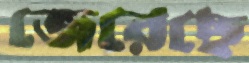
জেরেছে